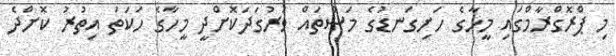
މި ޕްރޮގްރާމްގައި މީހާގެ ހަށިގަނޑުގެ މަސްތައް ވަރުގަދަކޮށްދީ މީހާގެ ހަކަތަ އިތުރު ކޮށްދެ